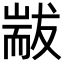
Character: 𦓗